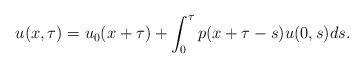
LaTeX: \begin{align*}u(x,\tau) = u_0(x+\tau) +\int_0^\tau p(x+\tau-s)u(0,s)ds. \end{align*}